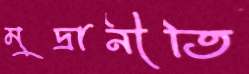
মুদ্রানীতি